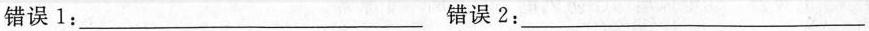
错误1:___ 错误2：___